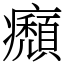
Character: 㿗